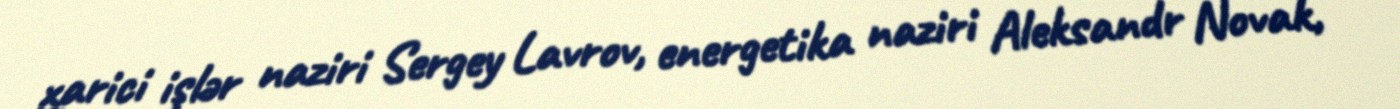
xarici işlər naziri Sergey Lavrov, energetika naziri Aleksandr Novak,